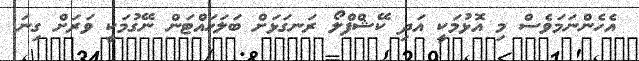
އެހެންނަމަވެސް މި އޮޅުމަކީ އަދި ކޭޝްފްލޯ ރަނގަޅަށް ބަލަހައްޓަން ނޭގުމަކީ ވަރަށް ގިނަ